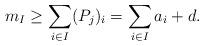
LaTeX: \begin{align*} m_I\geq\sum_{i\in I}(P_j)_i=\sum_{i\in I}a_i+d.\end{align*}